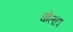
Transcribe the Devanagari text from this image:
घोलाप